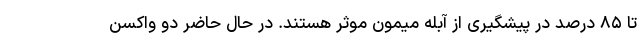
تا ۸۵ درصد در پیشگیری از آبله میمون موثر هستند. در حال حاضر دو واکسن